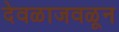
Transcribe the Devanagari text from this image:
देवळाजवळून